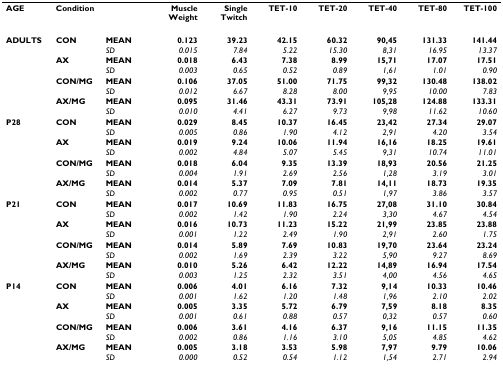
<table><thead><tr><td><b>AGE</b></td><td><b>Condition</b></td><td>[EMPTY_CELL]</td><td><b>Muscle Weight</b></td><td><b>Single Twitch</b></td><td><b>TET-10</b></td><td><b>TET-20</b></td><td><b>TET-40</b></td><td><b>TET-80</b></td><td><b>TET-100</b></td></tr></thead><tbody><tr><td><b>ADULTS</b></td><td><b>CON</b></td><td><b>MEAN</b></td><td><b>0.123</b></td><td><b>39.23</b></td><td><b>42.15</b></td><td><b>60.32</b></td><td><b>90,45</b></td><td><b>131.33</b></td><td><b>141.44</b></td></tr><tr><td>[EMPTY_CELL]</td><td>[EMPTY_CELL]</td><td><i>SD</i></td><td><i>0.015</i></td><td><i>7.84</i></td><td><i>5.22</i></td><td><i>15.30</i></td><td><i>8,31</i></td><td><i>16.95</i></td><td><i>13.37</i></td></tr><tr><td>[EMPTY_CELL]</td><td><b>AX</b></td><td><b>MEAN</b></td><td><b>0.018</b></td><td><b>6.43</b></td><td><b>7.38</b></td><td><b>8.99</b></td><td><b>15,71</b></td><td><b>17.07</b></td><td><b>17.51</b></td></tr><tr><td>[EMPTY_CELL]</td><td>[EMPTY_CELL]</td><td><i>SD</i></td><td><i>0.003</i></td><td><i>0.65</i></td><td><i>0.52</i></td><td><i>0.89</i></td><td><i>1,61</i></td><td><i>1.01</i></td><td><i>0.90</i></td></tr><tr><td>[EMPTY_CELL]</td><td><b>CON/MG</b></td><td><b>MEAN</b></td><td><b>0.106</b></td><td><b>37.05</b></td><td><b>51.00</b></td><td><b>71.75</b></td><td><b>99,32</b></td><td><b>130.48</b></td><td><b>138.02</b></td></tr><tr><td>[EMPTY_CELL]</td><td>[EMPTY_CELL]</td><td><i>SD</i></td><td><i>0.012</i></td><td><i>6.67</i></td><td><i>8.28</i></td><td><i>8.00</i></td><td><i>9,95</i></td><td><i>10.00</i></td><td><i>7.83</i></td></tr><tr><td>[EMPTY_CELL]</td><td><b>AX/MG</b></td><td><b>MEAN</b></td><td><b>0.095</b></td><td><b>31.46</b></td><td><b>43.31</b></td><td><b>73.91</b></td><td><b>105,28</b></td><td><b>124.88</b></td><td><b>133.31</b></td></tr><tr><td>[EMPTY_CELL]</td><td>[EMPTY_CELL]</td><td><i>SD</i></td><td><i>0.010</i></td><td><i>4.41</i></td><td><i>6.27</i></td><td><i>9.73</i></td><td><i>9,98</i></td><td><i>11.62</i></td><td><i>10.60</i></td></tr><tr><td><b>P28</b></td><td><b>CON</b></td><td><b>MEAN</b></td><td><b>0.029</b></td><td><b>8.45</b></td><td><b>10.37</b></td><td><b>16.45</b></td><td><b>23,42</b></td><td><b>27.34</b></td><td><b>29.07</b></td></tr><tr><td>[EMPTY_CELL]</td><td>[EMPTY_CELL]</td><td><i>SD</i></td><td><i>0.005</i></td><td><i>0.86</i></td><td><i>1.90</i></td><td><i>4.12</i></td><td><i>2,91</i></td><td><i>4.20</i></td><td><i>3.54</i></td></tr><tr><td>[EMPTY_CELL]</td><td><b>AX</b></td><td><b>MEAN</b></td><td><b>0.019</b></td><td><b>9.24</b></td><td><b>10.06</b></td><td><b>11.94</b></td><td><b>16,16</b></td><td><b>18.25</b></td><td><b>19.61</b></td></tr><tr><td>[EMPTY_CELL]</td><td>[EMPTY_CELL]</td><td><i>SD</i></td><td><i>0.002</i></td><td><i>4.84</i></td><td><i>5.07</i></td><td><i>5.45</i></td><td><i>9,31</i></td><td><i>10.74</i></td><td><i>11.01</i></td></tr><tr><td>[EMPTY_CELL]</td><td><b>CON/MG</b></td><td><b>MEAN</b></td><td><b>0.018</b></td><td><b>6.04</b></td><td><b>9.35</b></td><td><b>13.39</b></td><td><b>18,93</b></td><td><b>20.56</b></td><td><b>21.25</b></td></tr><tr><td>[EMPTY_CELL]</td><td>[EMPTY_CELL]</td><td><i>SD</i></td><td><i>0.004</i></td><td><i>1.91</i></td><td><i>2.69</i></td><td><i>2.56</i></td><td><i>1,28</i></td><td><i>3.19</i></td><td><i>3.01</i></td></tr><tr><td>[EMPTY_CELL]</td><td><b>AX/MG</b></td><td><b>MEAN</b></td><td><b>0.014</b></td><td><b>5.37</b></td><td><b>7.09</b></td><td><b>7.81</b></td><td><b>14,11</b></td><td><b>18.73</b></td><td><b>19.35</b></td></tr><tr><td>[EMPTY_CELL]</td><td>[EMPTY_CELL]</td><td><i>SD</i></td><td><i>0.002</i></td><td><i>0.77</i></td><td><i>0.95</i></td><td><i>0.51</i></td><td><i>1,97</i></td><td><i>3.86</i></td><td><i>3.57</i></td></tr><tr><td><b>P21</b></td><td><b>CON</b></td><td><b>MEAN</b></td><td><b>0.017</b></td><td><b>10.69</b></td><td><b>11.83</b></td><td><b>16.75</b></td><td><b>27,08</b></td><td><b>31.10</b></td><td><b>30.84</b></td></tr><tr><td>[EMPTY_CELL]</td><td>[EMPTY_CELL]</td><td><i>SD</i></td><td><i>0.002</i></td><td><i>1.42</i></td><td><i>1.90</i></td><td><i>2.24</i></td><td><i>3,30</i></td><td><i>4.67</i></td><td><i>4.54</i></td></tr><tr><td>[EMPTY_CELL]</td><td><b>AX</b></td><td><b>MEAN</b></td><td><b>0.016</b></td><td><b>10.73</b></td><td><b>11.23</b></td><td><b>15.22</b></td><td><b>21,99</b></td><td><b>23.85</b></td><td><b>23.88</b></td></tr><tr><td>[EMPTY_CELL]</td><td>[EMPTY_CELL]</td><td><i>SD</i></td><td><i>0.001</i></td><td><i>1.22</i></td><td><i>2.49</i></td><td><i>1.90</i></td><td><i>2,91</i></td><td><i>2.60</i></td><td><i>1.75</i></td></tr><tr><td>[EMPTY_CELL]</td><td><b>CON/MG</b></td><td><b>MEAN</b></td><td><b>0.014</b></td><td><b>5.89</b></td><td><b>7.69</b></td><td><b>10.83</b></td><td><b>19,70</b></td><td><b>23.64</b></td><td><b>23.24</b></td></tr><tr><td>[EMPTY_CELL]</td><td>[EMPTY_CELL]</td><td><i>SD</i></td><td><i>0.002</i></td><td><i>1.69</i></td><td><i>2.39</i></td><td><i>3.22</i></td><td><i>5,90</i></td><td><i>9.27</i></td><td><i>8.69</i></td></tr><tr><td>[EMPTY_CELL]</td><td><b>AX/MG</b></td><td><b>MEAN</b></td><td><b>0.010</b></td><td><b>5.26</b></td><td><b>6.42</b></td><td><b>12.22</b></td><td><b>14,89</b></td><td><b>16.94</b></td><td><b>17.54</b></td></tr><tr><td>[EMPTY_CELL]</td><td>[EMPTY_CELL]</td><td><i>SD</i></td><td><i>0.003</i></td><td><i>1.25</i></td><td><i>2.32</i></td><td><i>3.51</i></td><td><i>4,00</i></td><td><i>4.56</i></td><td><i>4.65</i></td></tr><tr><td><b>P14</b></td><td><b>CON</b></td><td><b>MEAN</b></td><td><b>0.006</b></td><td><b>4.01</b></td><td><b>6.16</b></td><td><b>7.32</b></td><td><b>9,14</b></td><td><b>10.33</b></td><td><b>10.46</b></td></tr><tr><td>[EMPTY_CELL]</td><td>[EMPTY_CELL]</td><td><i>SD</i></td><td><i>0.001</i></td><td><i>1.62</i></td><td><i>1.20</i></td><td><i>1.48</i></td><td><i>1,96</i></td><td><i>2.10</i></td><td><i>2.02</i></td></tr><tr><td>[EMPTY_CELL]</td><td><b>AX</b></td><td><b>MEAN</b></td><td><b>0.005</b></td><td><b>3.35</b></td><td><b>5.72</b></td><td><b>6.79</b></td><td><b>7,59</b></td><td><b>8.18</b></td><td><b>8.35</b></td></tr><tr><td>[EMPTY_CELL]</td><td>[EMPTY_CELL]</td><td><i>SD</i></td><td><i>0.001</i></td><td><i>0.61</i></td><td><i>0.88</i></td><td><i>0.57</i></td><td><i>0,32</i></td><td><i>0.57</i></td><td><i>0.60</i></td></tr><tr><td>[EMPTY_CELL]</td><td><b>CON/MG</b></td><td><b>MEAN</b></td><td><b>0.006</b></td><td><b>3.61</b></td><td><b>4.16</b></td><td><b>6.37</b></td><td><b>9,16</b></td><td><b>11.15</b></td><td><b>11.35</b></td></tr><tr><td>[EMPTY_CELL]</td><td>[EMPTY_CELL]</td><td><i>SD</i></td><td><i>0.002</i></td><td><i>0.86</i></td><td><i>1.16</i></td><td><i>3.10</i></td><td><i>5,05</i></td><td><i>4.85</i></td><td><i>4.62</i></td></tr><tr><td>[EMPTY_CELL]</td><td><b>AX/MG</b></td><td><b>MEAN</b></td><td><b>0.005</b></td><td><b>3.18</b></td><td><b>3.53</b></td><td><b>5.98</b></td><td><b>7,97</b></td><td><b>9.79</b></td><td><b>10.06</b></td></tr><tr><td>[EMPTY_CELL]</td><td>[EMPTY_CELL]</td><td><i>SD</i></td><td><i>0.000</i></td><td><i>0.52</i></td><td><i>0.54</i></td><td><i>1.12</i></td><td><i>1,54</i></td><td><i>2.71</i></td><td><i>2.94</i></td></tr></tbody></table>